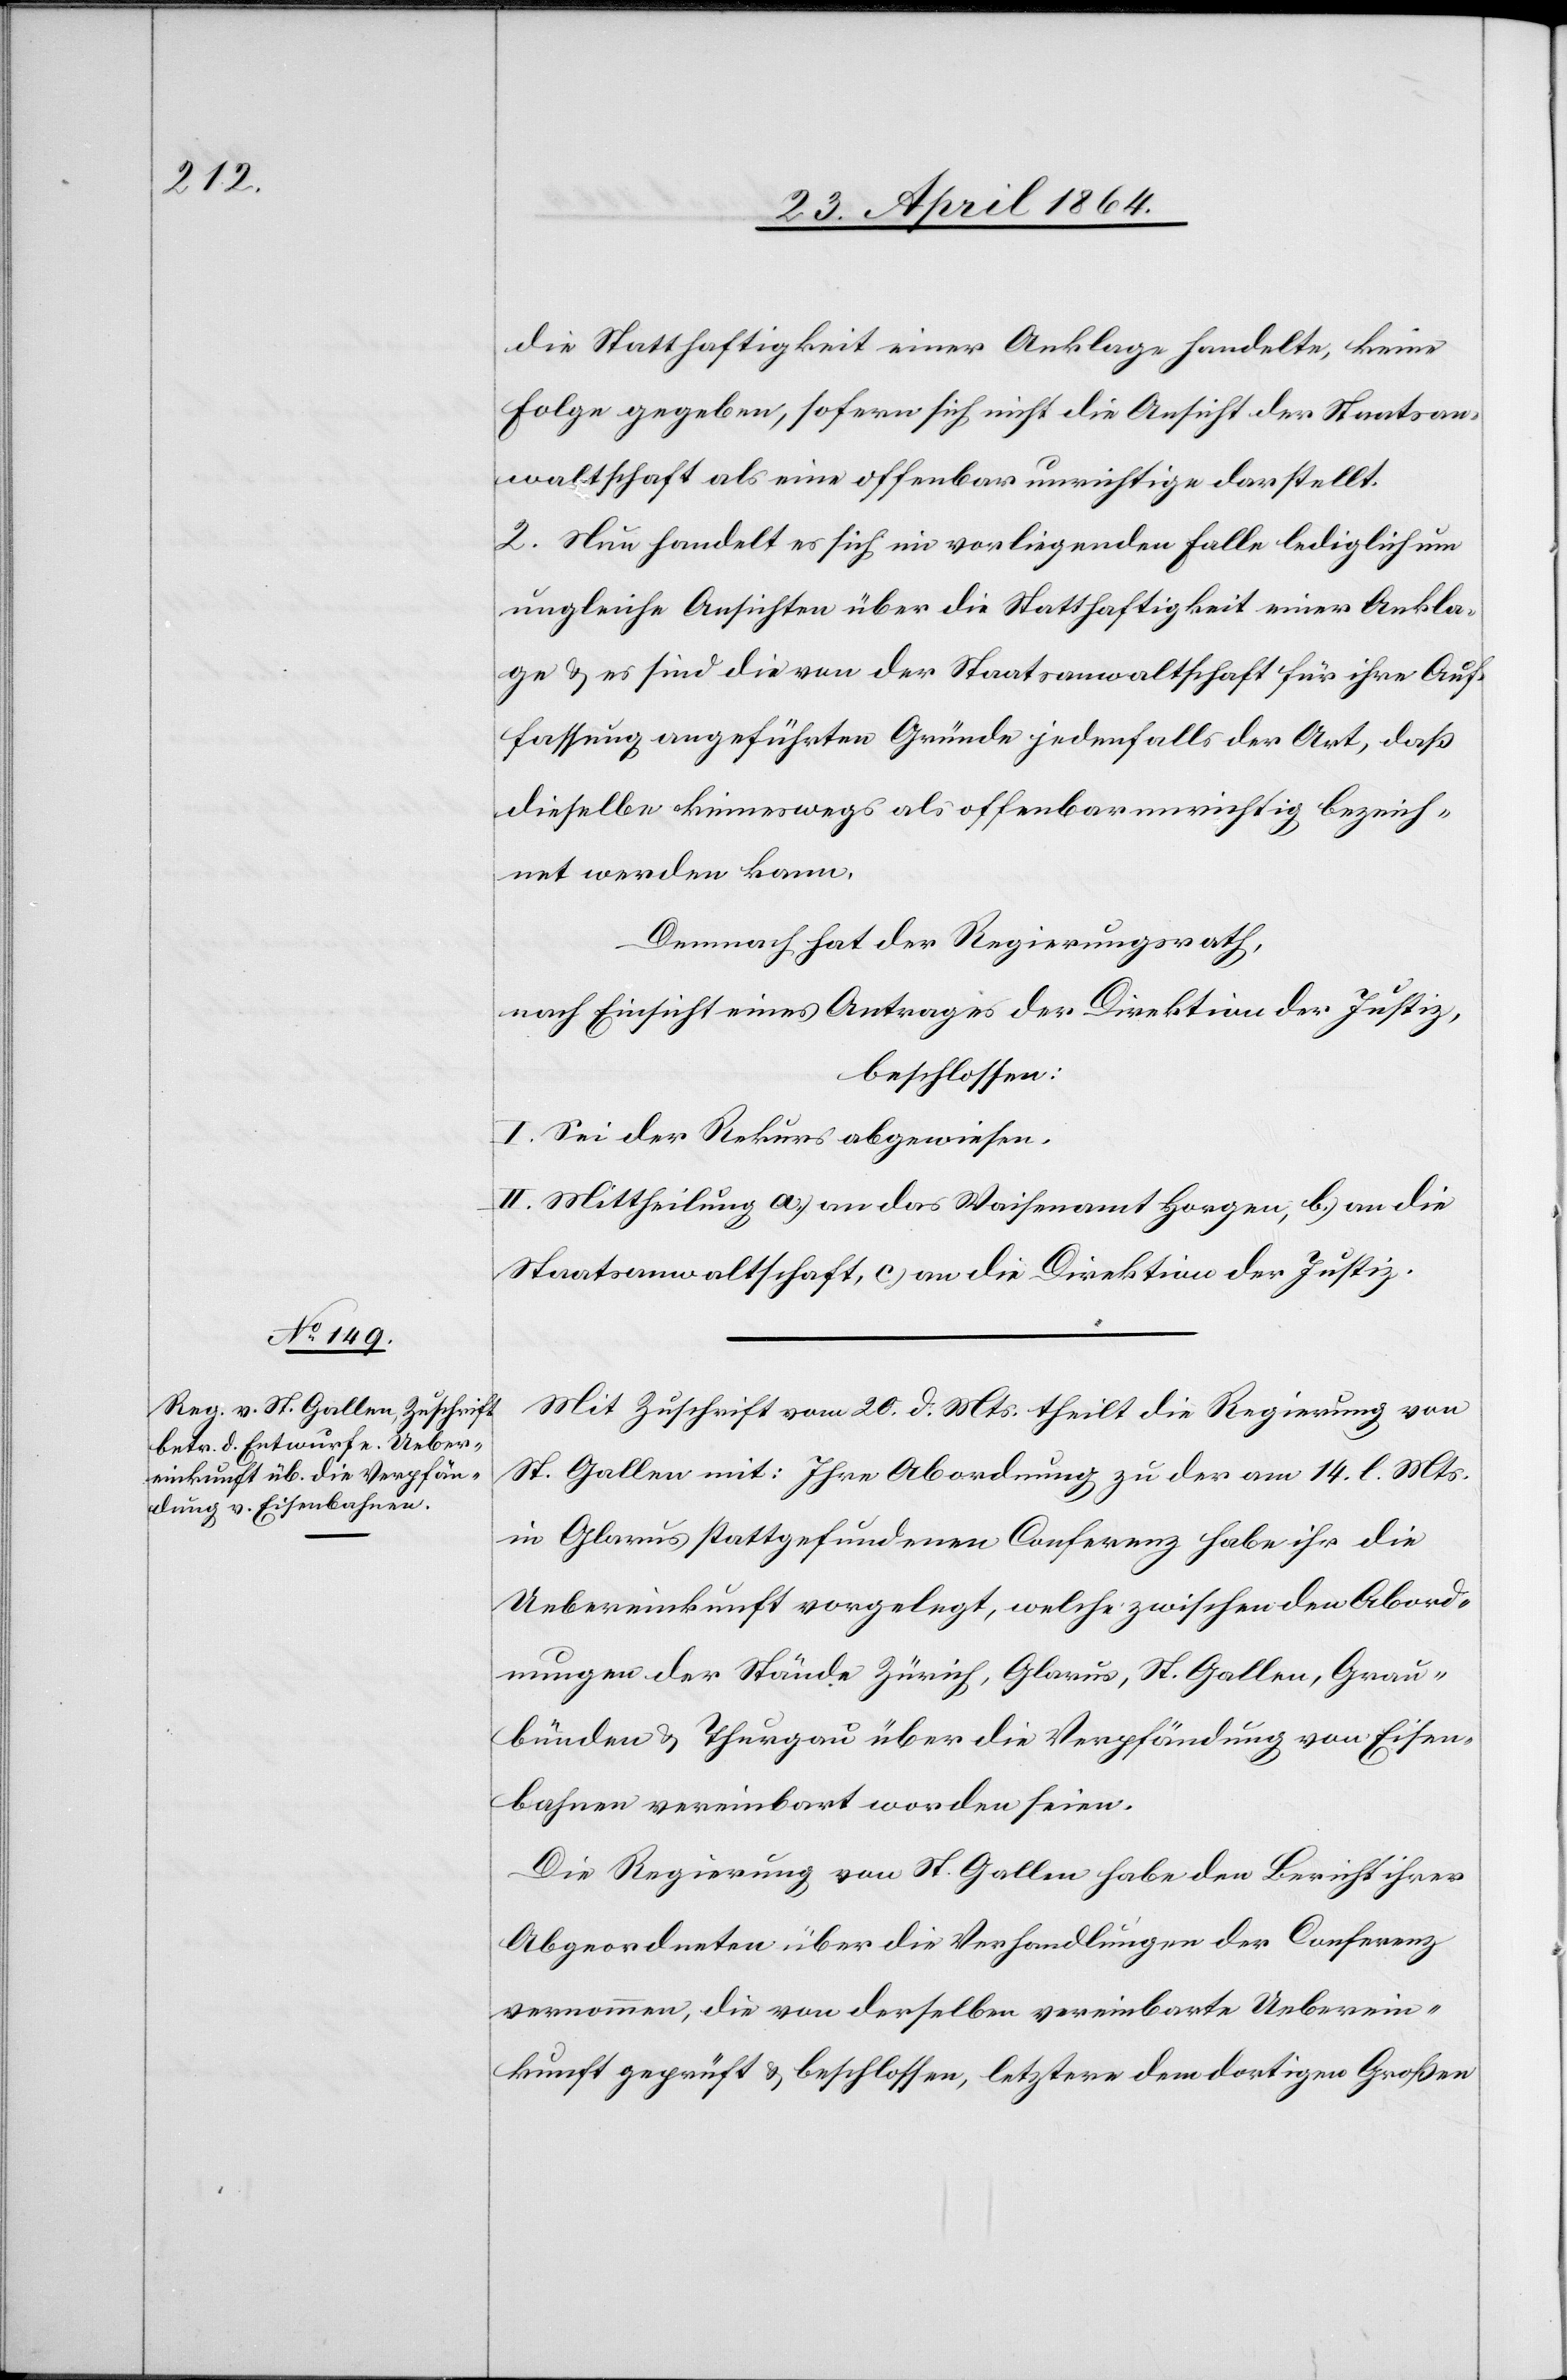
die Statthaftigkeit einer Anklage handelte, keine
Folge gegeben, sofern sich nicht die Ansicht der Staatsan¬
waltschaft als eine offenbar unrichtige darstellt.
2. Nun handelt es sich im vorliegenden Falle lediglich um
ungleiche Ansichten über die Statthaftigkeit einer Ankla¬
ge u. es sind die von der Staatsanwaltschaft für ihre Auf¬
fassung angeführten Gründe jedenfalls der Art, daß
dieselbe keineswegs als offenbar unrichtig bezeich¬
net werden kann.
Demnach hat der Regierungsrath,
nach Einsicht eines Antrages der Direktion der Justiz,
beschlossen:
I. Sei der Rekurs abgewiesen.
II. Mittheilung a.) an das Waisenamt Horgen, b.) an die
Staatsanwaltschaft, c) an die Direktion der Justiz.
Mit Zuschrift vom 20. d. Mts. theilt die Regierung von
St. Gallen mit: Ihre Abordnung zu der am 14. l. Mts.
in Glarus stattgefundenen Conferenz habe ihr die
Uebereinkunft vorgelegt, welche zwischen den Abord¬
nungen der Stände Zürich, Glarus, St. Gallen, Grau¬
bünden u. Thurgau über die Verpfändung von Eisen¬
bahnen vereinbart worden seien.
Die Regierung von St. Gallen habe den Bericht ihrer
Abgeordneten über die Verhandlungen der Conferenz
vernommen, die von derselben vereinbarte Ueberein¬
kunft geprüft u. beschlossen, letztere dem dortigen Großen